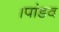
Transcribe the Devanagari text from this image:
।पांडव